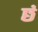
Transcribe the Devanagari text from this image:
छं